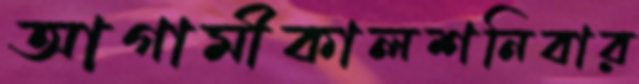
আগামীকালশনিবার